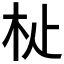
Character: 𣏡